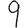
Digit: 9